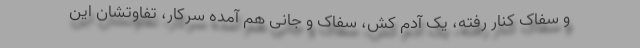
و سفاک کنار رفته، یک آدم کش، سفاک و جانی هم آمده سرکار، تفاوتشان این